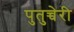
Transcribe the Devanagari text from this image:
पुतुच्चेरी